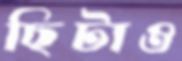
ছিটাও